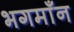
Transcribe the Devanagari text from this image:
भगमाँन